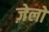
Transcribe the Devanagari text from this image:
ज़ेलों